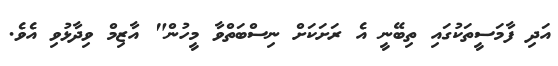
އަދި ފާމަސީތަކުގައި ތިބޭނީ އެ ރަށަކަށް ނިސްބަތްވާ މީހުން" އާޒިމް ވިދާޅުވި އެވެ.